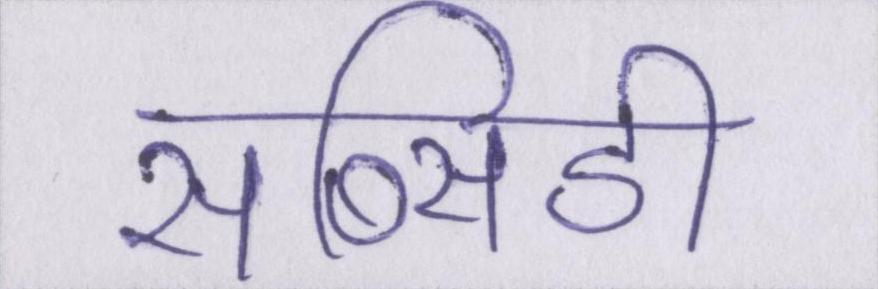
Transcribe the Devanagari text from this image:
सब्सिडी